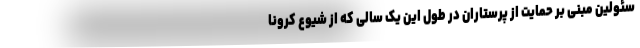
سئولین مبنی بر حمایت از پرستاران در طول این یک سالی که از شیوع کرونا